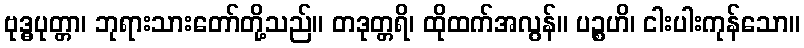
ဗုဒ္ဓပုတ္တာ၊ ဘုရားသားတော်တို့သည်။ တဒုတ္တရိ၊ ထိုထက်အလွန်။ ပဉ္စဟိ၊ ငါးပါးကုန်သော။